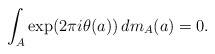
\begin{align*}\int _{A}\exp(2\pi i \theta(a))\,dm_{A}(a)=0.\end{align*}